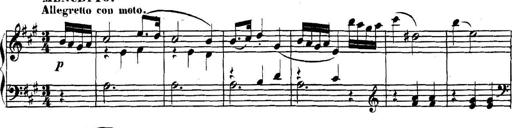
Title: Collected Piano Sonatas
Composer: Muzio Clementi